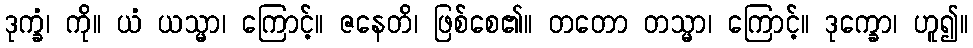
ဒုက္ခံ၊ ကို။ ယံ ယသ္မာ၊ ကြောင့်။ ဇနေတိ၊ ဖြစ်စေ၏။ တတော တသ္မာ၊ ကြောင့်။ ဒုက္ခော၊ ဟူ၍။